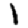
Digit: 1